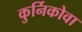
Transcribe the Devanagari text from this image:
कुर्निकोवा